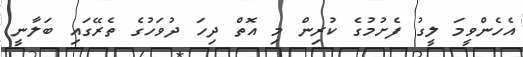
އެހެންވީމަ ލީގު ފެށުމުގެ ކުރިން މި އޮތް ދިހަ ދުވަހުގެ ތެރޭގައި ބަލާނީ